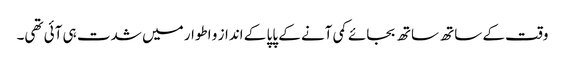
وقت کے ساتھ ساتھ بجائے کمی آنے کے پاپا کے انداز و اطوار میں شدت ہی آئی تھی۔